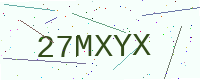
Text: 27MXYX